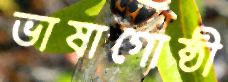
ভাষাগোষ্ঠী